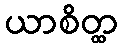
ယာစိတ္ထ